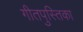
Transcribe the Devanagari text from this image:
गीतपुस्तिका